Reports on military cantonments and civil stations in the Presidency of Bombay inspected by the Sanitary Commissioner in the years 1875 and 1876
Year: 1875
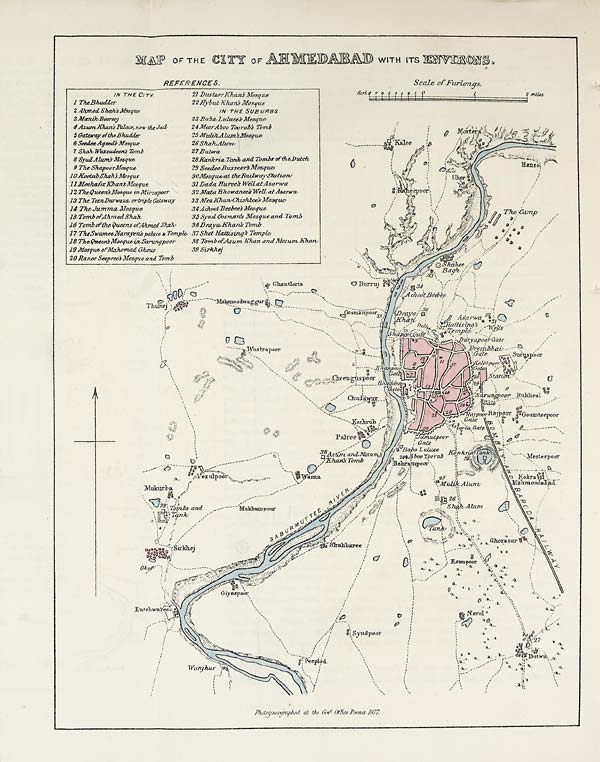
MAP OF THE CITY OF AHMEDABAD WITH ITS ENVIRONS,
Scale of Furlongs.
REFEENCES.
IN THE CIT y.
21 Dustaor Khan's Mosque
1 TheBhudder
22 Hybut khan's Mosque
2 Ahmed Shah's Mosque
I N THE S U B U R E S .
3 Afanik Boorroof
23 Baha,Letlaeth Masque
4 Azum /Khan's Palace, now the Jail
24Meer Aboo Toorab:s 71,m6
5 Gateway of the Bhudder
25 Mala A1um's Mosaue
6 Seedee Ageed's Mosque
26 Shah Alum
7 Shah, Witzetuleen's Tomb
27 Butwa
8 Syud Alum's Mosq Ue
28 Karari a Tank and Thmbs of the Dutch
9 The Shapoor Mosque
29 Seedee Busseer's Masque
10 Keetub Shah's Mesque
30 Mosque at the Radway Statton
11 Moohafiz Khan's Mosque
31 Dada Huree's Well at Asarwa
12 The Queen's Mosque in Murzapoor
32 Mata Bhowanee's Well al Asarwa
13 The TeenDrowaza, or triple Cateway
33 Mea Khan Chishtee's Masque
14 The Jumma Mosque
34 Achoot Beehee's Meseque
15 Tomb of Ahmed Shah
33 Syud Oosmuan's Mosque and Tomb
16 Tomb of the Queens of Ahmed Shah
36.Drava Khan's Tomb
17 The Swamee Narayen's palace & Temple 37 shet Hattsings Temple.
I8 The Queen's Mosque in Sarungpoor
38 Trnnb ofAaum Khan and Mozam, Khan
19 Mosque of Mahomad Ghous
39 Sirkhej
20 Ranee Seepree's Mosque and Tomb
Pitotozincographed at the Govt Office Poona 1877